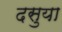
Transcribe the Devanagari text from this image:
दसुया